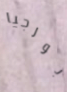
بورجيا